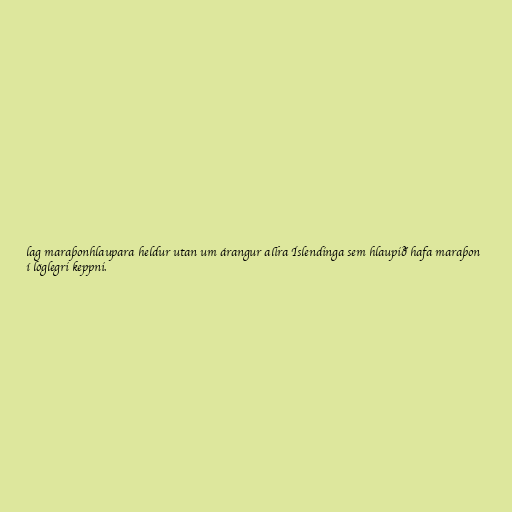
lag maraþonhlaupara heldur utan um árangur allra Íslendinga sem hlaupið hafa maraþon
í löglegri keppni.